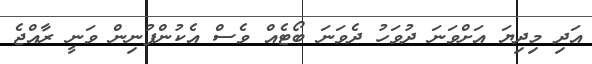
އަދި މިދިޔަ އަށްވަނަ ދުވަހު ދެވަނަ ބޯޓެއް ވެސް އެކުންފުނިން ވަނީ ރާއްޖެ